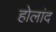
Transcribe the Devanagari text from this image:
होलांद